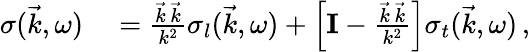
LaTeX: \begin{array}{rl}{\mathbf{\sigma}(\vec{k},\omega)}&{{}=\frac{\vec{k}\, \vec{k}}{k^{2}}\sigma_{l}(\vec{k},\omega)+\left[\mathbf{I}-\frac{\vec{k}\, \vec{k}}{k^{2}}\right]\sigma_{t}(\vec{k},\omega)\, ,}\end{array}